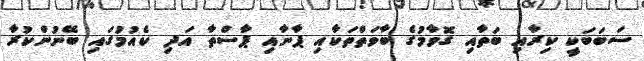
ސަބަބަކީ ކިރާއި ބަތާއި ގޮވާމުގެ ބާވަތްތަކާއި ޕާނާއި ޕާސްތާ އަދި ކެއުމުގައި ބޭނުންކުރާ